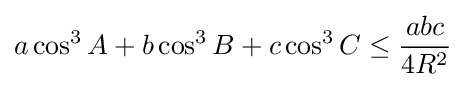
a\cos ^{3}A+b\cos ^{3}B+c\cos ^{3}C\leq {\frac {abc}{4R^{2}}}